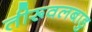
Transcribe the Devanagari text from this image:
तीरूवलबाडु